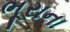
ભૂરાના